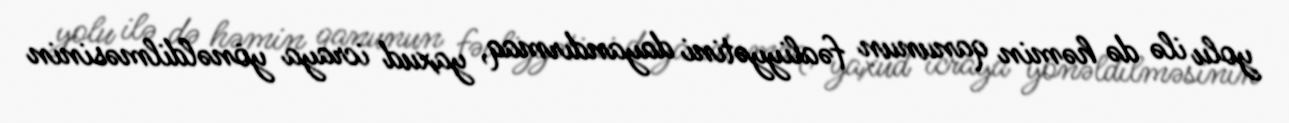
yolu ilə də həmin qanunun fəaliyyətini dayandırmaq, yaxud icraya yönəldilməsinin